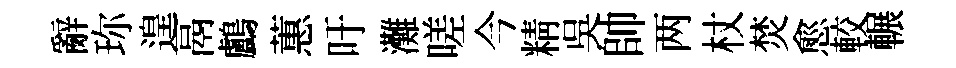
辭珎遑鬲鸕蕙吁灘嗟今精吳帥两杖焚愈較輾